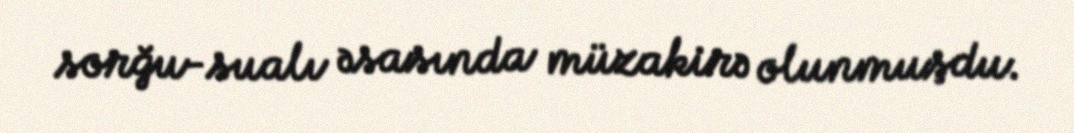
sorğu-sualı əsasında müzakirə olunmuşdu.